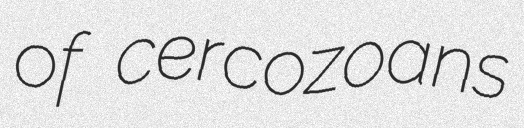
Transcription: of cercozoans